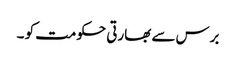
برس سے بھارتی حکومت کو ۔